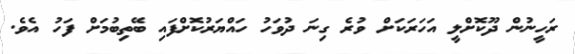
ރަހީނުން ދޫކޮށްލީ އަހަރަކަށް ވުރެ ގިނަ ދުވަހު ހައްޔަރުކޮށްފައި ބޭތިބުމަށް ފަހު އެވެ.